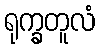
ရုက္ခတူလံ